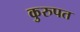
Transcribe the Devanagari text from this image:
कुरुपत